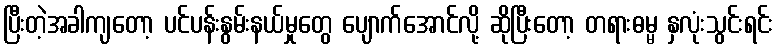
ပြီးတဲ့အခါကျတော့ ပင်ပန်းနွမ်းနယ်မှုတွေ ပျောက်အောင်လို့ ဆိုပြီးတော့ တရားဓမ္မ နှလုံးသွင်းရင်း